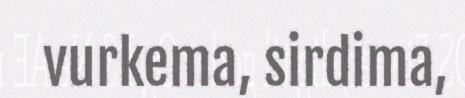
vurkema, sirdima,